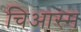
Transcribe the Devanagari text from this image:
चिआस्म